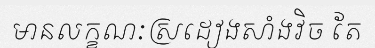
មានលក្ខណៈស្រដៀងសាំងវិច តែ